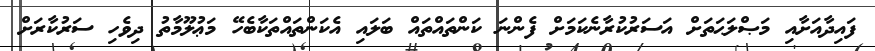
ފައިދާއަށާއި މަޞްލަޙަތަށް އަސަރުކުރާނެކަމަށް ފެންނަ ކަންތައްތައް ބަލައި އެކަންތައްތަކާބެހޭ މަޢުލޫމާތު ދިވެހި ސަރުކާރަށް